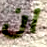
ان